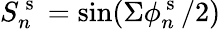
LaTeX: S_{n}^{\mathrm{~s~}}=\sin(\Sigma\phi_{n}^{\mathrm{~s~}}/2)